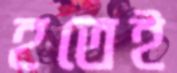
হতেই